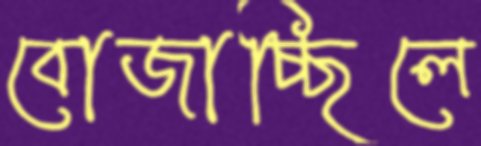
বোজাচ্ছিলে